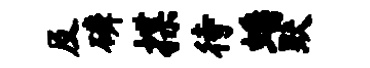
及磷揲待蟠默